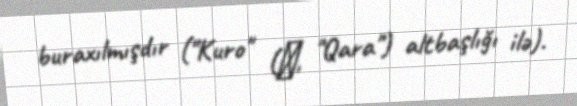
buraxılmışdır ("Kuro" (黒, "Qara") altbaşlığı ilə).